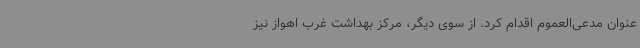
عنوان مدعی‌العموم اقدام کرد. از سوی دیگر، مرکز بهداشت غرب اهواز نیز